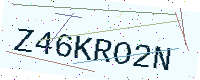
Text: Z46KRO2N